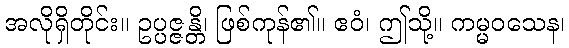
အလိုရှိတိုင်း။ ဥပ္ပဇ္ဇန္တိ၊ ဖြစ်ကုန်၏။ ဧဝံ၊ ဤသို့။ ကမ္မဝသေန၊